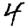
Digit: 4